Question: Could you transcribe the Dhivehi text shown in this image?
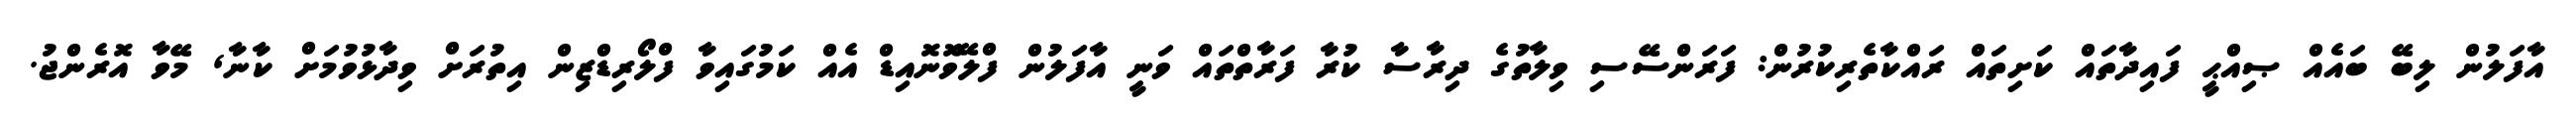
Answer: އާފަލުން ލިބޭ ބައެއް ޞިއްޙީ ފައިދާތައް ކަށިތައް ރައްކާތެރިކުރުން: ފަރަންސޭސި ވިލާތުގެ ދިރާސާ ކުރާ ފަރާތްތައް ވަނީ އާފަލުން ފްލޭވޮނޮއިޑް އެއް ކަމުގައިވާ ފްލޯރިޑްޒިން އިތުރަށް ވިދާޅުވުމަށް ކާނާ, މޭވާ އޮރެންޖު.